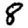
Digit: 8